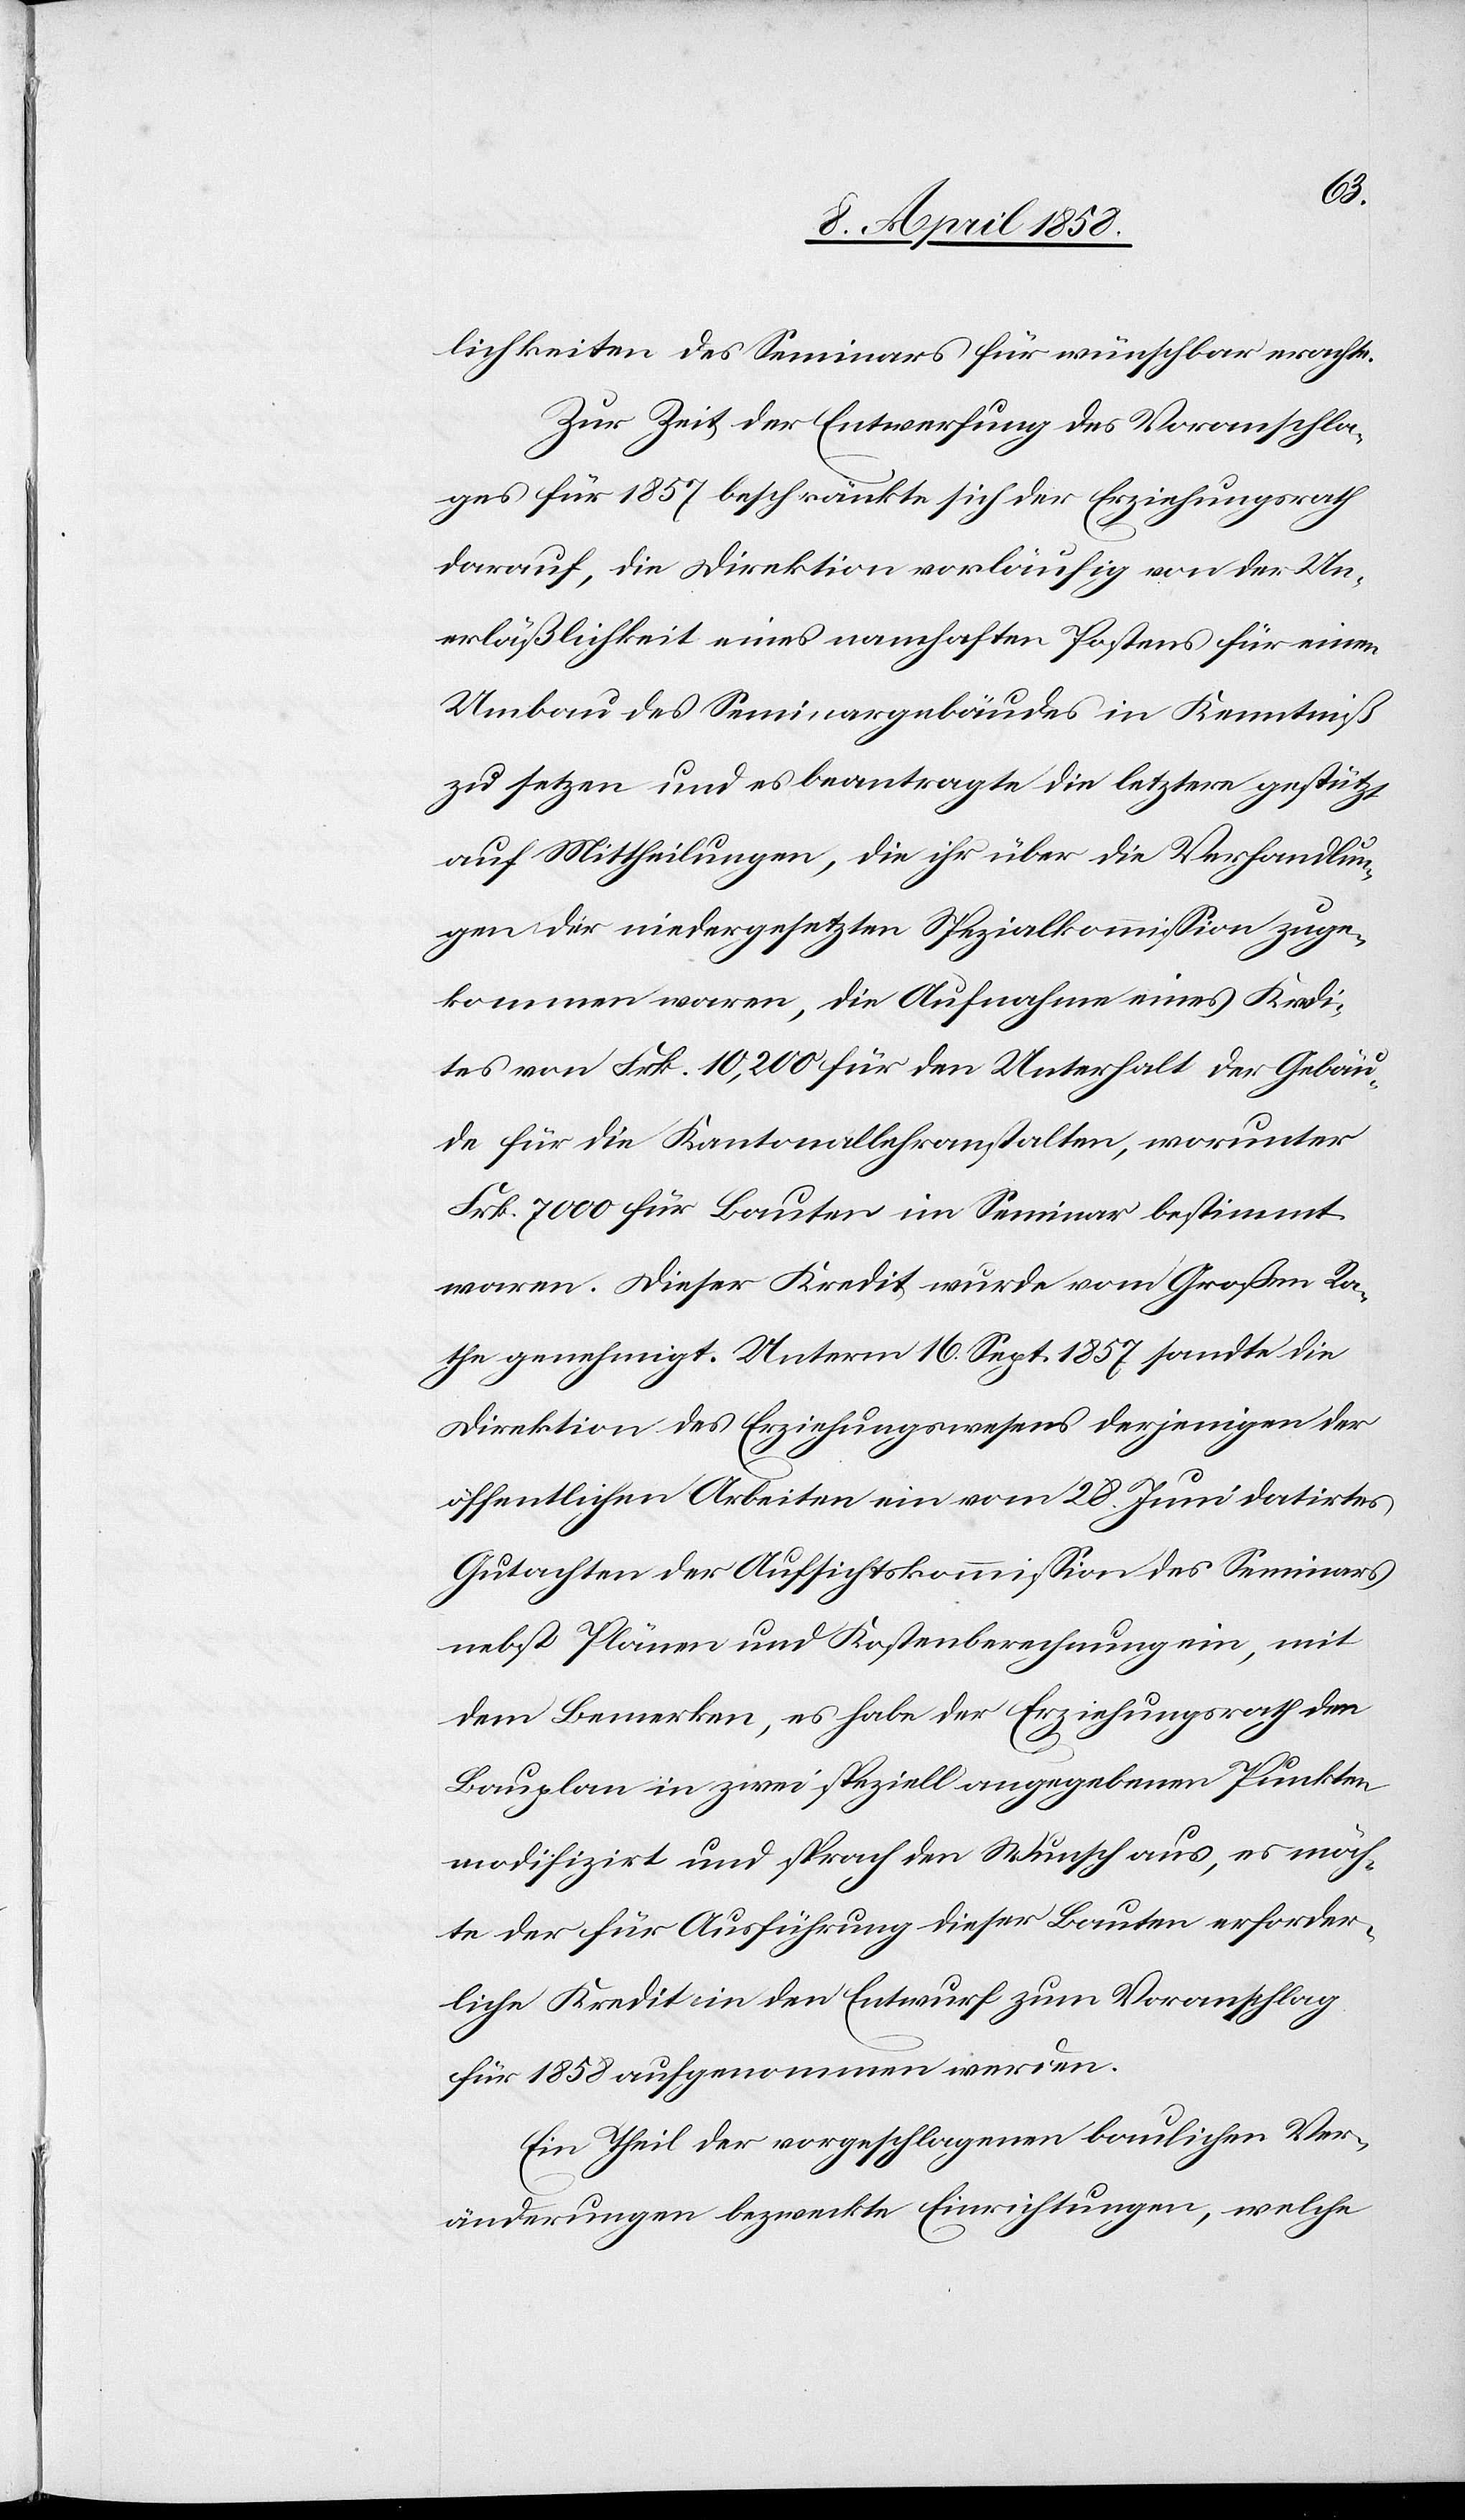
lichkeiten des Seminars für wünschbar erachte.
Zur Zeit der Entwerfung des Voranschla¬
ges für 1857 beschränkte sich der Erziehungsrath
darauf, die Direktion vorläufig von der Un¬
erläßlichkeit eines namhaften Postens für einen
Umbau des Seminargebäudes in Kenntniß
zu setzen und es beantragte die letztere gestützt
auf Mittheilungen, die ihr über die Verhandlun¬
gen der niedergesetzten Spezialkommission zuge¬
kommen waren, die Aufnahme eines Kredi¬
tes von Frk. 10,200 für den Unterhalt der Gebäu¬
de für die Kantonallehranstalten, worunter
Frk. 7000 für Bauten im Seminar bestimmt
waren. Dieser Kredit wurde vom Großen Ra¬
the genehmigt. Unterm 16. Sept. 1857 sandte die
Direktion des Erziehungswesens derjenigen der
öffentlichen Arbeiten ein vom 28. Juni datirtes
Gutachten der Aufsichtskommission des Seminars
nebst Plänen und Kostenberechnung ein, mit
dem Bemerken, es habe der Erziehungsrath den
Bauplan in zwei speziell angegebenen Punkten
modifizirt und sprach den Wusch aus, es möch¬
te der für Ausführung dieser Bauten erforder¬
liche Kredit in den Entwurf zum Voranschlag
für 1858 aufgenommen werden.
Ein Theil der vorgeschlagenen baulichen Ver¬
änderungen bezweckte Einrichtungen, welche